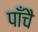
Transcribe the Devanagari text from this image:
पाँचै